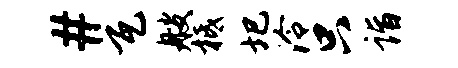
#瓦艘柢圯泠只诣